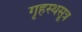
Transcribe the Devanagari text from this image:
गृहस्थसूत्र